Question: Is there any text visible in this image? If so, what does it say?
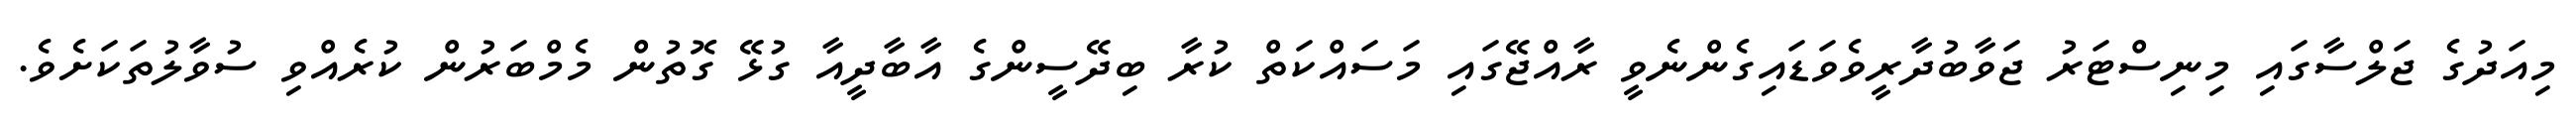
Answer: މިއަދުގެ ޖަލްސާގައި މިނިސްޓަރު ޖަވާބުދާރީވެވަޑައިގެންނެވީ ރާއްޖޭގައި މަސައްކަތް ކުރާ ބިދޭސީންގެ އާބާދީއާ ގުޅޭ ގޮތުން މެމްބަރުން ކުރެއްވި ސުވާލުތަކަށެވެ.